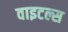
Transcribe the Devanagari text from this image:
वाइटल्स